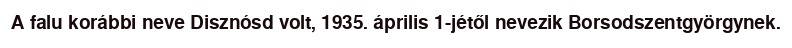
A falu korábbi neve Disznósd volt, 1935. április 1-jétől nevezik Borsodszentgyörgynek.